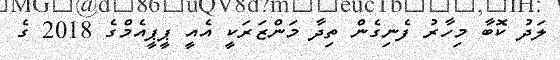
ލަދު ކޮބާ މިހާރު ފެނިގެން ތިދާ މަންޒަރަކީ އެއީ ޕީޕީއެމްގެ 2018 ގެ